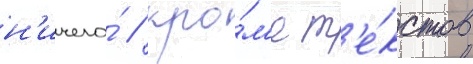
н'ичего́ / кро́м'е т'е́кстов